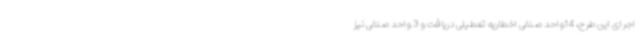
اجرای این طرح، 14واحد صنفی اخطاریه تعطیلی دریافت و 3 واحد صنفی نیز